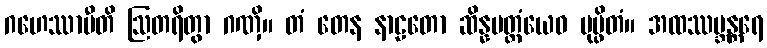
ဂဟေဿာမီတိ ဩတရိတွာ ဂဏှိ။ တံ တေန နာဠတော ဆိန္နမတ္တံယေဝ ပုပ္ဖိတံ။ အထဿဗ္ဘန္တရေ